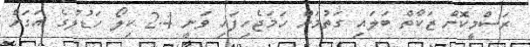
ރަސްމީކޮށް ޒަކާތް ބަލައި ގަތުމަށް ހަމަޖެހިފައި ވަނީ 2.4 ކިލޯ ހަޑުލުގެ އަގަށް